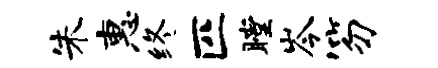
朱惠终匹瞠岑笏